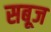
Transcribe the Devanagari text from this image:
सबूज